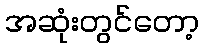
အဆုံးတွင်တော့